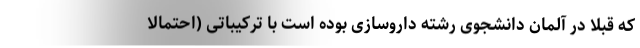
که قبلا در آلمان دانشجوی رشته داروسازی بوده است با ترکیباتی (احتمالا